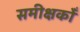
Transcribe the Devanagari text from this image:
समीक्षकोँ